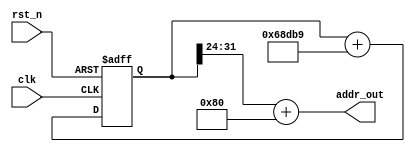
module dds_addr_squ (clk, rst_n, addr_out);

	input clk, rst_n;   //
	output [7:0] addr_out;  //?ROM
	 
	parameter N = 32;
	parameter PWORD = 128;  //? (x/360)*256
	parameter FWORD = 429497; //F_out=B*(F_clk/2**32)fword=B
	//5KHZ
	reg [N-1:0] addr;  //32
	
	always @ (posedge clk or negedge rst_n)
	begin
		if (!rst_n)
			begin
				addr <= 32'd0;  //?
			end
		else
			begin
	/*fword??FWORD2?0?2?4.....*/		
				addr <= addr + FWORD;
			end		
	end 
	/*??ROM?*/
	assign addr_out = addr[N-1:N-8] + PWORD;

endmodule